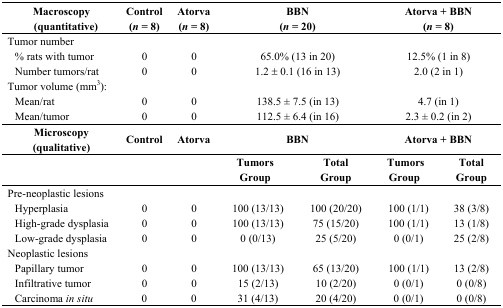
| Macroscopy (quantitative) | Control (n = 8) | Atorva (n = 8) | <COLSPAN=2> BBN (n = 20) | <COLSPAN=2> Atorva + BBN (n = 8) |
 | --- | --- | --- | --- | --- | --- | --- |
 | <COLSPAN=7> Tumor number |
 | % rats with tumor | 0 | 0 | <COLSPAN=2> 65.0% (13 in 20) | <COLSPAN=2> 12.5% (1 in 8) |
 | Number tumors/rat | 0 | 0 | <COLSPAN=2> 1.2 ± 0.1 (16 in 13) | <COLSPAN=2> 2.0 (2 in 1) |
 | <COLSPAN=7> Tumor volume (mm3): |
 | Mean/rat | 0 | 0 | <COLSPAN=2> 138.5 ± 7.5 (in 13) | <COLSPAN=2> 4.7 (in 1) |
 | Mean/tumor | 0 | 0 | <COLSPAN=2> 112.5 ± 6.4 (in 16) | <COLSPAN=2> 2.3 ± 0.2 (in 2) |
 | Microscopy (qualitative) | Control | Atorva | <COLSPAN=2> BBN | <COLSPAN=2> Atorva + BBN |
 |  |  |  | Tumors Group | Total Group | Tumors Group | Total Group |
 | <COLSPAN=7> Pre-neoplastic lesions |
 | Hyperplasia | 0 | 0 | 100 (13/13) | 100 (20/20) | 100 (1/1) | 38 (3/8) |
 | High-grade dysplasia | 0 | 0 | 100 (13/13) | 75 (15/20) | 100 (1/1) | 13 (1/8) |
 | Low-grade dysplasia | 0 | 0 | 0 (0/13) | 25 (5/20) | 0 (0/1) | 25 (2/8) |
 | <COLSPAN=7> Neoplastic lesions |
 | Papillary tumor | 0 | 0 | 100 (13/13) | 65 (13/20) | 100 (1/1) | 13 (2/8) |
 | Infiltrative tumor | 0 | 0 | 15 (2/13) | 10 (2/20) | 0 (0/1) | 0 (0/8) |
 | Carcinoma in situ | 0 | 0 | 31 (4/13) | 20 (4/20) | 0 (0/1) | 0 (0/8) |